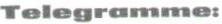
Telegramme: